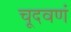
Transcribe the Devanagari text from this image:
चूदवणं